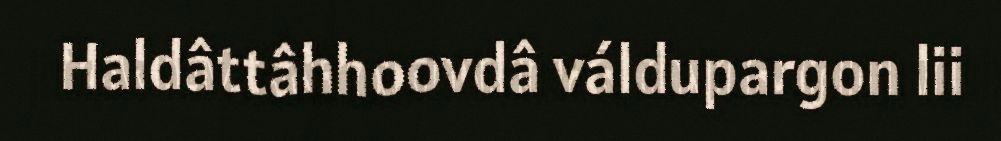
Haldâttâhhoovdâ váldupargon lii